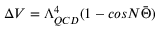
\Delta V = \Lambda _ { Q C D } ^ { 4 } ( 1 - c o s N \bar { \Theta } )